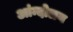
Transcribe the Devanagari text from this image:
आंन्दोलन